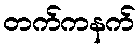
တက်ကနက်